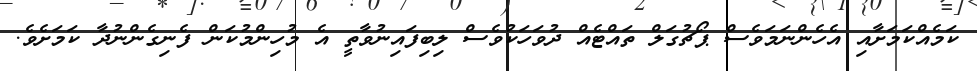
ކަމެއްކަމަށާއި އެހެންނަމަވެސް ޕޯޗުގަލް ތައްޓެއް ދުވަހަކުވެސް ލިބިފައިނުވާތީ އެ މުހިންމުކަން ފެނިގެންނުދާ ކަމަށެވެ.